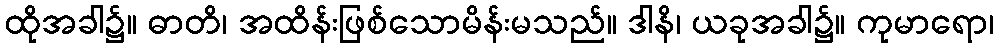
ထိုအခါ၌။ ဓာတိ၊ အထိန်းဖြစ်သောမိန်းမသည်။ ဒါနိ၊ ယခုအခါ၌။ ကုမာရော၊